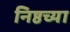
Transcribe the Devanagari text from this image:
निष्ठच्या